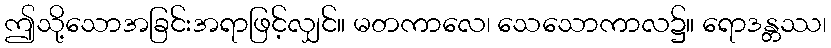
ဤသို့သောအခြင်းအရာဖြင့်လျှင်။ မတကာလေ၊ သေသောကာလ၌။ ရောဒန္တဿ၊